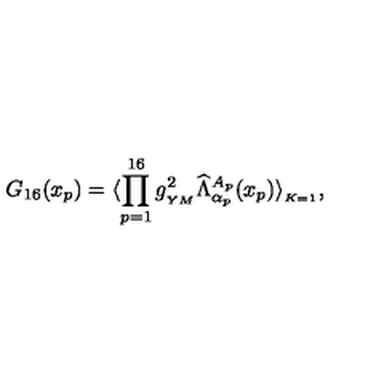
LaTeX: G _ { 1 6 } ( x _ { p } ) = \langle \prod _ { p = 1 } ^ { 1 6 } g _ { _ { Y M } } ^ { 2 } \widehat \Lambda _ { \alpha _ { p } } ^ { A _ { p } } ( x _ { p } ) \rangle _ { _ { K = 1 } } ,